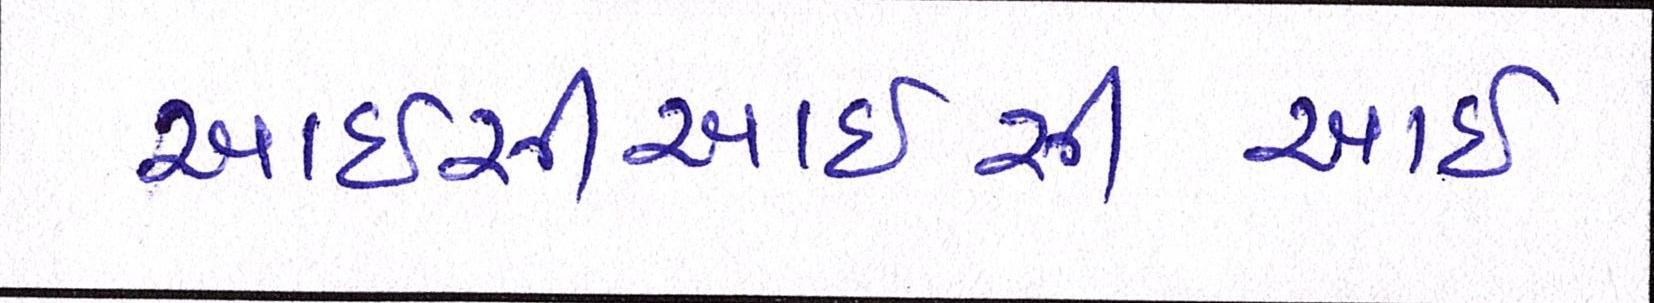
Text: આઈસીઆઈસીઆઈ